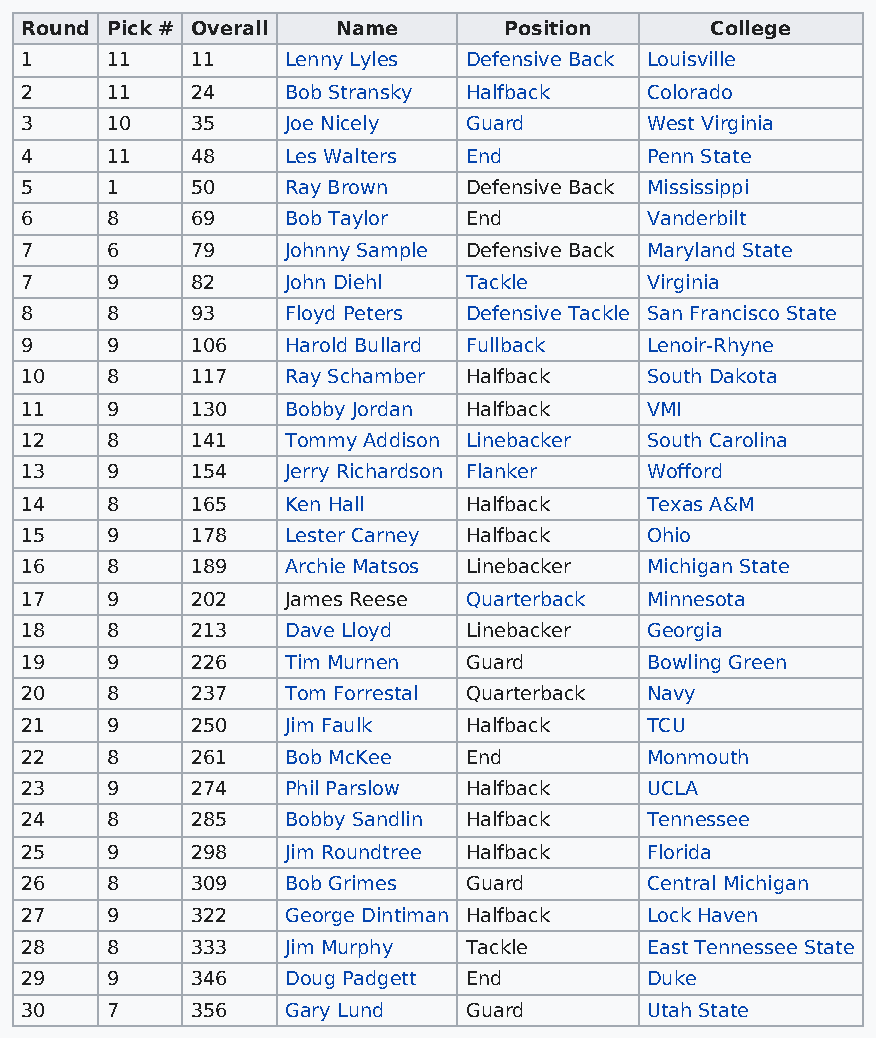
Round Pick # Overall Name       Position      College
 1     11    11    Lenny Lyles Defensive Back Louisville
 2     11    24    Bob Stransky Halfback   Colorado
 3     10    35    Joe Nicely  Guard       West Virginia
 4     11    48    Les Walters End         Penn State
 5     1     50    Ray Brown   Defensive Back Mississippi
 6     8     69    Bob Taylor  End         Vanderbilt
 7     6     79    Johnny Sample Defensive Back Maryland State
 7     9     82    John Diehl  Tackle      Virginia
 8     8     93    Floyd Peters Defensive Tackle San Francisco State
 9     9     106   Harold Bullard Fullback Lenoir-Rhyne
 10    8     117   Ray Schamber Halfback   South Dakota
 11    9     130   Bobby Jordan Halfback   VMI
 12    8     141   Tommy Addison Linebacker South Carolina
 13    9     154   Jerry Richardson Flanker Wofford
 14    8     165   Ken Hall    Halfback    Texas A&M
 15    9     178   Lester Carney Halfback  Ohio
 16    8     189   Archie Matsos Linebacker Michigan State
 17    9     202   James Reese Quarterback Minnesota
 18    8     213   Dave Lloyd  Linebacker  Georgia
 19    9     226   Tim Murnen  Guard       Bowling Green
 20    8     237   Tom Forrestal Quarterback Navy
 21    9     250   Jim Faulk   Halfback    TCU
 22    8     261   Bob McKee   End         Monmouth
 23    9     274   Phil Parslow Halfback   UCLA
 24    8     285   Bobby Sandlin Halfback  Tennessee
 25    9     298   Jim Roundtree Halfback  Florida
 26    8     309   Bob Grimes  Guard       Central Michigan
 27    9     322   George Dintiman Halfback Lock Haven
 28    8     333   Jim Murphy  Tackle      East Tennessee State
 29    9     346   Doug Padgett End        Duke
 30    7     356   Gary Lund   Guard       Utah State